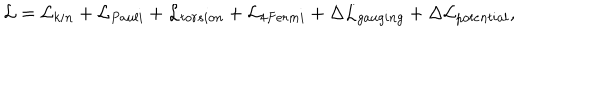
{ \cal L } = { \cal L } _ { k i n } + { \cal L } _ { P a u l i } + { \cal L } _ { t o r s i o n } + { \cal L } _ { 4 F e r m i } + \Delta { \cal L } _ { g a u g i n g } + \Delta { \cal L } _ { p o t e n t i a l } ,